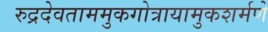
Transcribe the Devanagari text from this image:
रुद्रदेवताममुकगोत्रायामुकशर्मणे